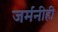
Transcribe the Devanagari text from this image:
जर्मनीही